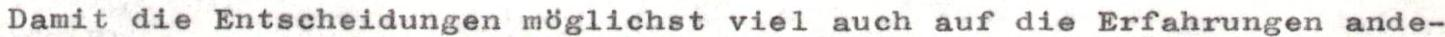
Damit die Entscheidungen möglichst viel auch auf die Erfahrungen ande-